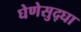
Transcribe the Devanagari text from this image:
घेणेसुद्घा